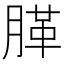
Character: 䐙